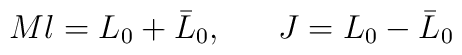
Ml = L_0 + \bar L_0, \ \ \ \ \ J = L_0 - \bar L_0